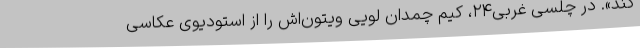
کند». در چلسیِ غربی۲۴، کیم چمدان لویی ویتون‌اش را از استودیوی عکاسی